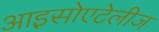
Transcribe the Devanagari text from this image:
आइसोएटेलीज